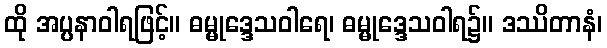
ထို အပ္ပနာဝါရဖြင့်။ ဓမ္မုဒ္ဒေသဝါရေ၊ ဓမ္မုဒ္ဒေသဝါရ၌။ ဒဿိတာနံ၊